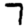
Digit: 7